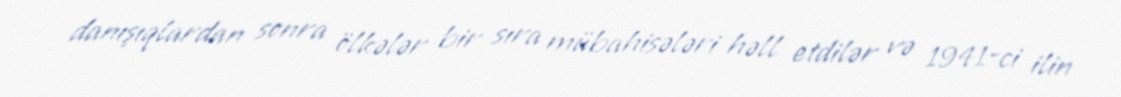
danışıqlardan sonra ölkələr bir sıra mübahisələri həll etdilər və 1941-ci ilin